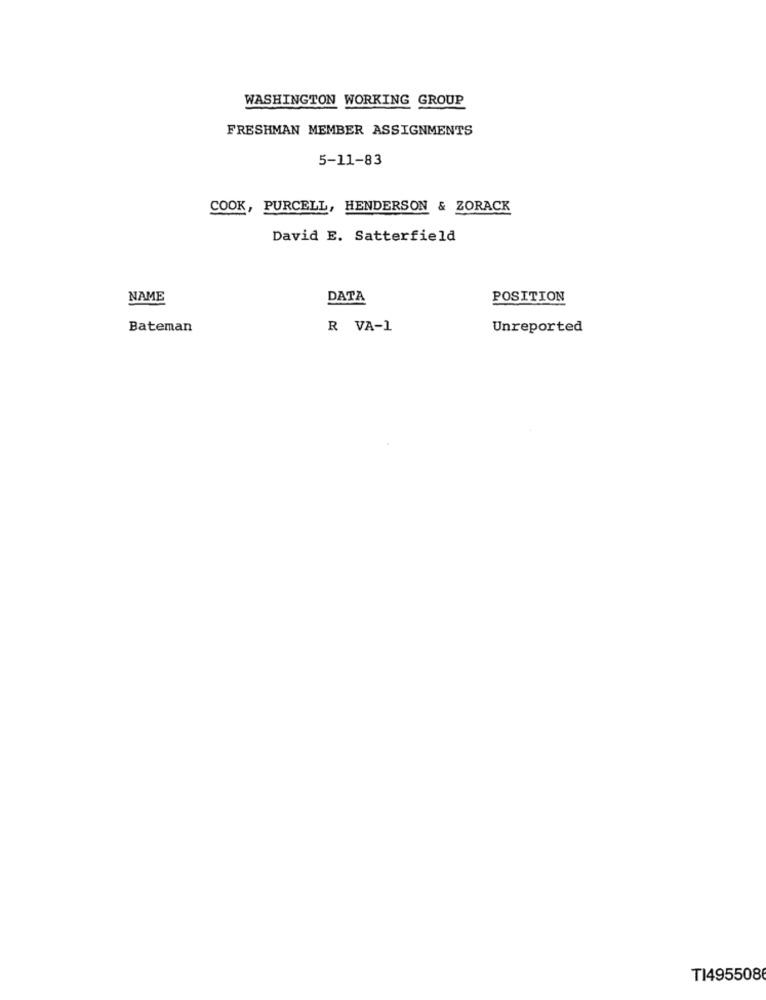
WASHINGTON WORKING GROUP
FRESHMAN MEMBER ASSIGNMENTS
5-11-83
COOK, PURCELL, HENDERSON & ZORACK
David E. Satterfield
NAME
DATA
POSITION
Bateman
R VA-1
Unreported
T14955086